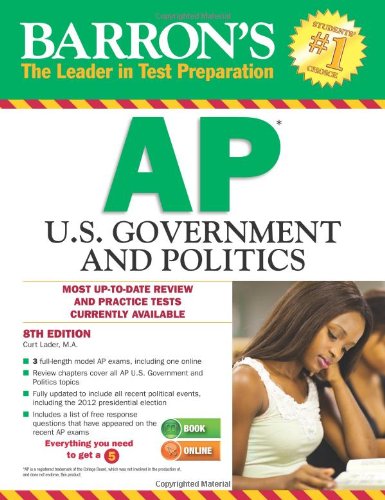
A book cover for Barron's AP U.S. Government and Politics, 8th Edition; Curt Lader M.Ed.; Test Preparation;